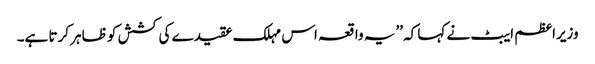
وزیراعظم ایبٹ نے کہا کہ ’’یہ واقعہ اس مہلک عقیدے کی کشش کو ظاہر کرتا ہے۔